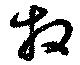
拜